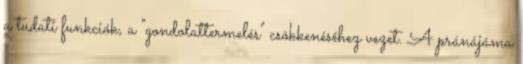
a tudati funkciók, a "gondolattermelés" csökkenéséhez vezet. A pránájáma